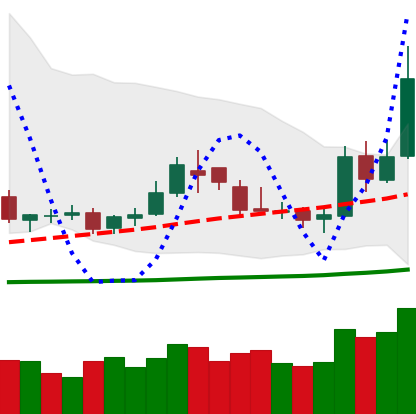
Ticker: DOGE-USD
Chart end date: 2019-05-14
Forward return: 3.585%
Label: up_3_5